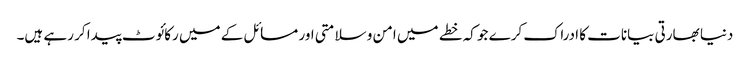
دنیا بھارتی بیانات کا ادراک کرے جو کہ خطے میں امن و سلامتی اور مسائل کے میں رکائوٹ پیدا کر رہے ہیں۔